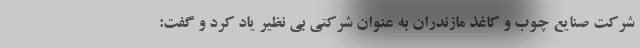
شرکت صنایع چوب و کاغذ مازندران به عنوان شرکتی بی نظیر یاد کرد و گفت: